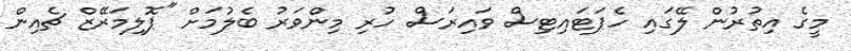
މީގެ އިތުރުން ލޭގައި ހެޕަޓައިޓިސް ވައިރަސް ހުރި މިންވަރު ބެލުމަށް "ޕޮލިމަރޭޒް ޗެއިން